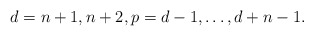
\begin{align*}d=n+1, n+2, p=d-1, \dots , d+n-1.\end{align*}